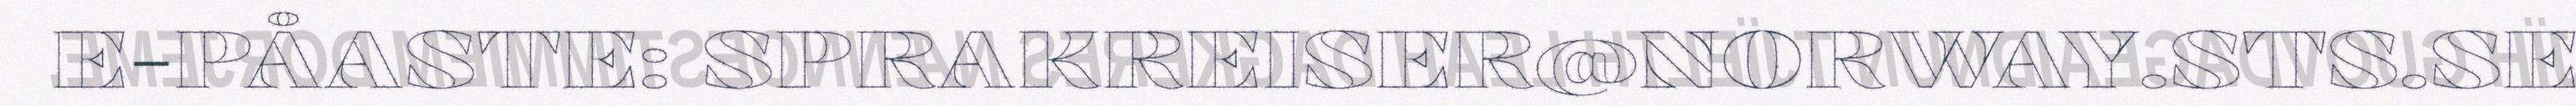
E-PÅASTE: SPRAKREISER@NORWAY.STS.SE